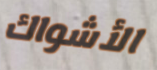
الأشواك